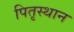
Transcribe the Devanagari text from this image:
पितृस्थान